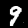
Digit: 9